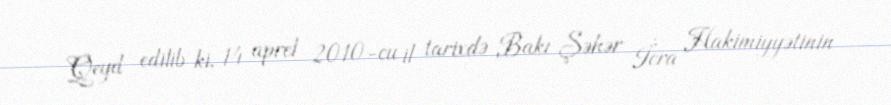
Qeyd edilib ki, 14 aprel 2010-cu il tarixdə Bakı Şəhər İcra Hakimiyyətinin